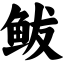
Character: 鲅